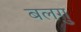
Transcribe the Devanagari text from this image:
बलगु